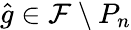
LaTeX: \hat{g}\in\mathcal{F}\setminus P_{n}